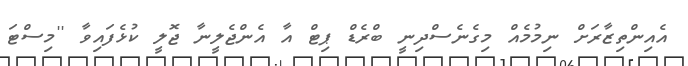
އެއިންތިޒާރަށް ނިމުމެއް މިގެނެސްދިނީ ބްރެޑް ޕިޓް އާ އެންޖެލީނާ ޖޮލީ ކުޅެފައިވާ ''މިސްޓަ